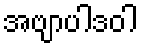
အဗျာပါဒဝါ